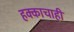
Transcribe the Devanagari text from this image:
हक्काचाही